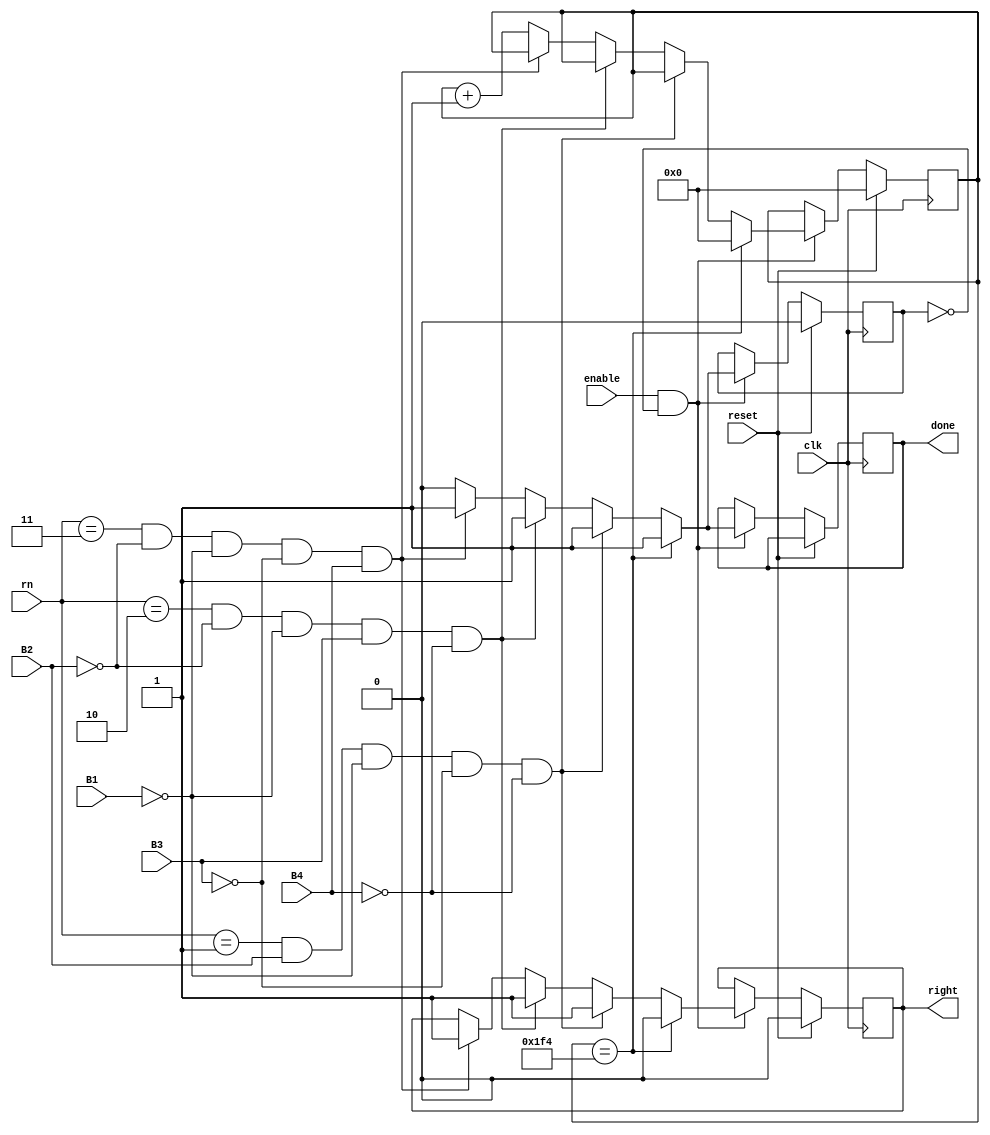
`timescale 1ns / 1ps
//////////////////////////////////////////////////////////////////////////////////
// Company: 
// Engineer: 
// 
// Design Name: 
// Module Name: WM_timer
// Project Name: 
// Target Devices: 
// Tool Versions: 
// Description: 
// 
// Dependencies: 
// 
// Revision:
// Revision 0.01 - File Created
// Additional Comments:
// 
//////////////////////////////////////////////////////////////////////////////////


module WM_timer
    (
    input clk, 
    input reset, 
    input enable,
    input [1:0] rn, 
    input B1, input B2, input B3, input B4,
    output reg right,
    output reg done
    );
    
    reg [31:0] count;
    reg tracker;
  
    always @(posedge clk) begin 
  
     if (reset) begin 
        tracker <=0; right <=0; count <=0; 
     end
  
     else if (enable && !tracker) begin 
        
        //if the timer runs out, the done signal is asserted
        //while the right signal is off, thereby indicating a failure 
        if (count == 500) begin tracker <=1; right <=0; done <=1; count <=0; end
         
  
        //match the random number to the button which was pressed to determine a hit
        else if(rn ==1 && B2 && !B1 && !B3 && !B4) begin tracker <=1; right <=1; done <=1; end 
        
        else if(rn ==2 && !B2 && !B1 && B3 && !B4) begin tracker <=1; right <=1; done <=1; end 
        
        else if(rn ==3 && !B2 && !B1 && !B3 && B4) begin tracker <=1; right <=1; done <=1; end
        
        else begin  count <= count +1; tracker <=0; done <=0; end
        
        
    end //end else if enable
    
  end
endmodule